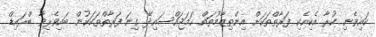
ކައިވެނި ކުރާ އެކިއެކި ފަރާތްތަކަށް އިންތިޒާމުތައް ހަމަޖައްސައިދޭ ގިނަ ފަރާތްތަކަކުން ބައިވެރިވާ ބްރައިޑް